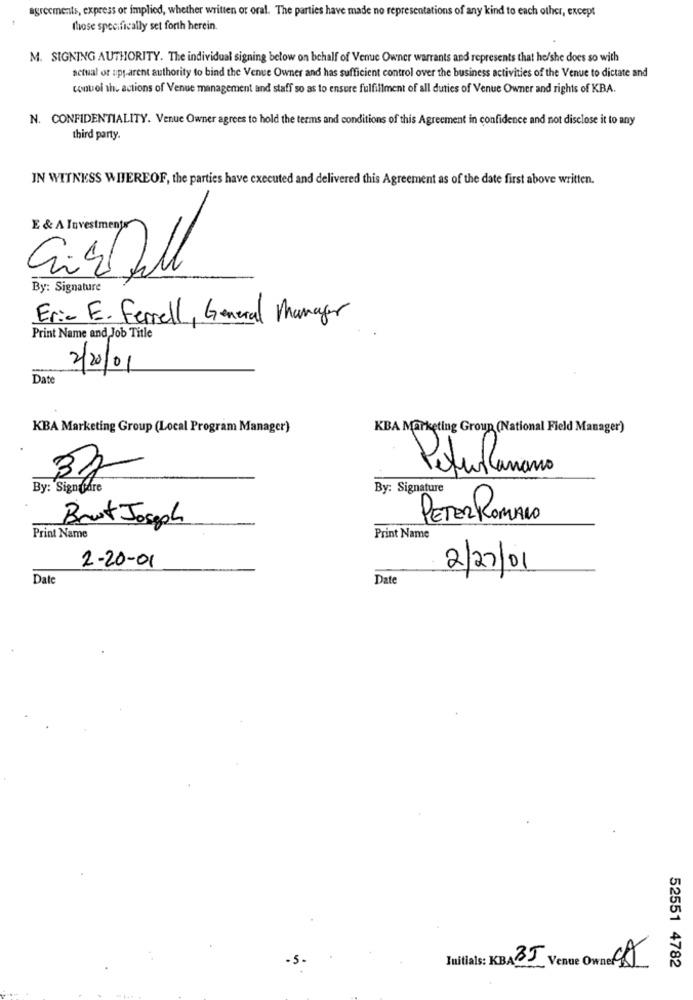
agreements, express or implied, whether written or oral. The parties have made no representations of any kind to each other, except
those specifically set forth herein.
M. SIGNING AUTHORITY. The individual signing below on behalf of Venue Owner warrants and represents that he/she does so with
actual or upparent authority to bind the Venue Owner and has sufficient control over the business activities of the Venue to dictate and
control th. actions of Venue management and staff so as to ensure fulfillment of all duties of Venue Owner and rights of KBA.
N. CONFIDENTIALITY. Venue Owner agrees to hold the terms and conditions of this Agreement in confidence and not disclose it to any
third party.
IN WITNESS WIJEREOF, the parties have executed and delivered this Agreement as of the date first above written.
By: Signature
Eric E. Ferrell, General Manager
Print Name and Job Title
2/20/01
Date
KBA Marketing Group (Local Program Manager)
KBA Marketing Group (National Field Manager)
32
Petro Manano
By: Signgare
By: Signature
Brut Joseph
PETER ROMANO
Print Name
Print Name
2-20-01
2/27/01
Date
Date
-5 -
Initials: KBA Venue Owner CA
52551 4782